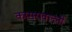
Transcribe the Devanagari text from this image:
कासरावल्ली